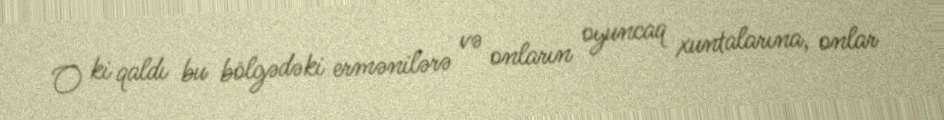
O ki qaldı bu bölgədəki ermənilərə və onların oyuncaq xuntalarına, onlar